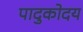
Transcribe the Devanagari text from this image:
पादुकोदय